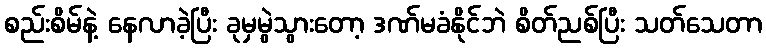
စည်းစိမ်နဲ့ နေလာခဲ့ပြီး ခုမှမွဲသွားတော့ ဒဏ်မခံနိုင်ဘဲ စိတ်ညစ်ပြီး သတ်သေတာ